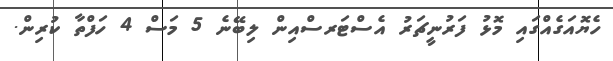
ހެޔޮއަގެެއްގައި މޮޅު ފަރުނީޗަރު އެސްޓަރސްއިން ލިބޭނެ 5 މަސް 4 ހަފްތާ ކުރިން.